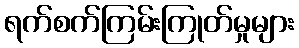
ရက်စက်ကြမ်းကြုတ်မှုများ